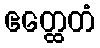
ဧတ္ထေတံ